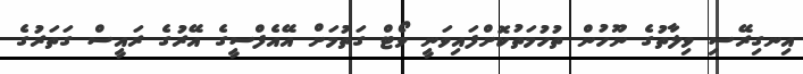
އިނގިރޭސި ވިލާތުގެ ނޫހުން ތުހުމަތުކޮށްފައިވަނީ ވޯޓް ގަތުމަށް އޭއެފްސީގެ އޭރުގެ ރައީސް ގަތަރުގެ